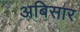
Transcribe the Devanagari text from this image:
अबिसार